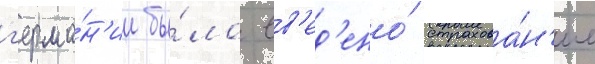
г'ерма́н'ии бы́ло вв'ед'ено́ страхова́н'ие